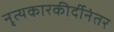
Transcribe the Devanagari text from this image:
नृत्यकारकीर्दीनंतर